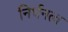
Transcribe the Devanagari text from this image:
निर्धनत्व